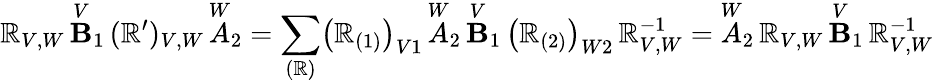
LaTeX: \mathbb{R}_{V,W}\, \overset{V}{\mathbf{B}}_{1}\, (\mathbb{R}^{\prime})_{V,W}\, \overset{W}{A}_{2}=\sum_{(\mathbb{R})}\bigl(\mathbb{R}_{(1)}\bigr)_{V1}\, \overset{W}{A}_{2}\, \overset{V}{\mathbf{B}}_{1}\, \bigl(\mathbb{R}_{(2)}\bigr)_{W2}\, \mathbb{R}_{V,W}^{-1}=\overset{W}{A}_{2}\, \mathbb{R}_{V,W}\, \overset{V}{\mathbf{B}}_{1}\, \mathbb{R}_{V,W}^{-1}